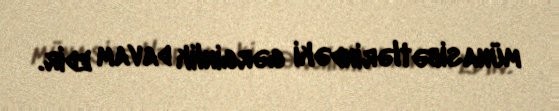
münasibətlərindəki gərginlik davam edir.